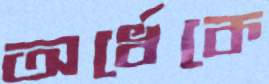
অর্ধেকে